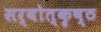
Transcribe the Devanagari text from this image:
सर्वोत्कॄष्ठ